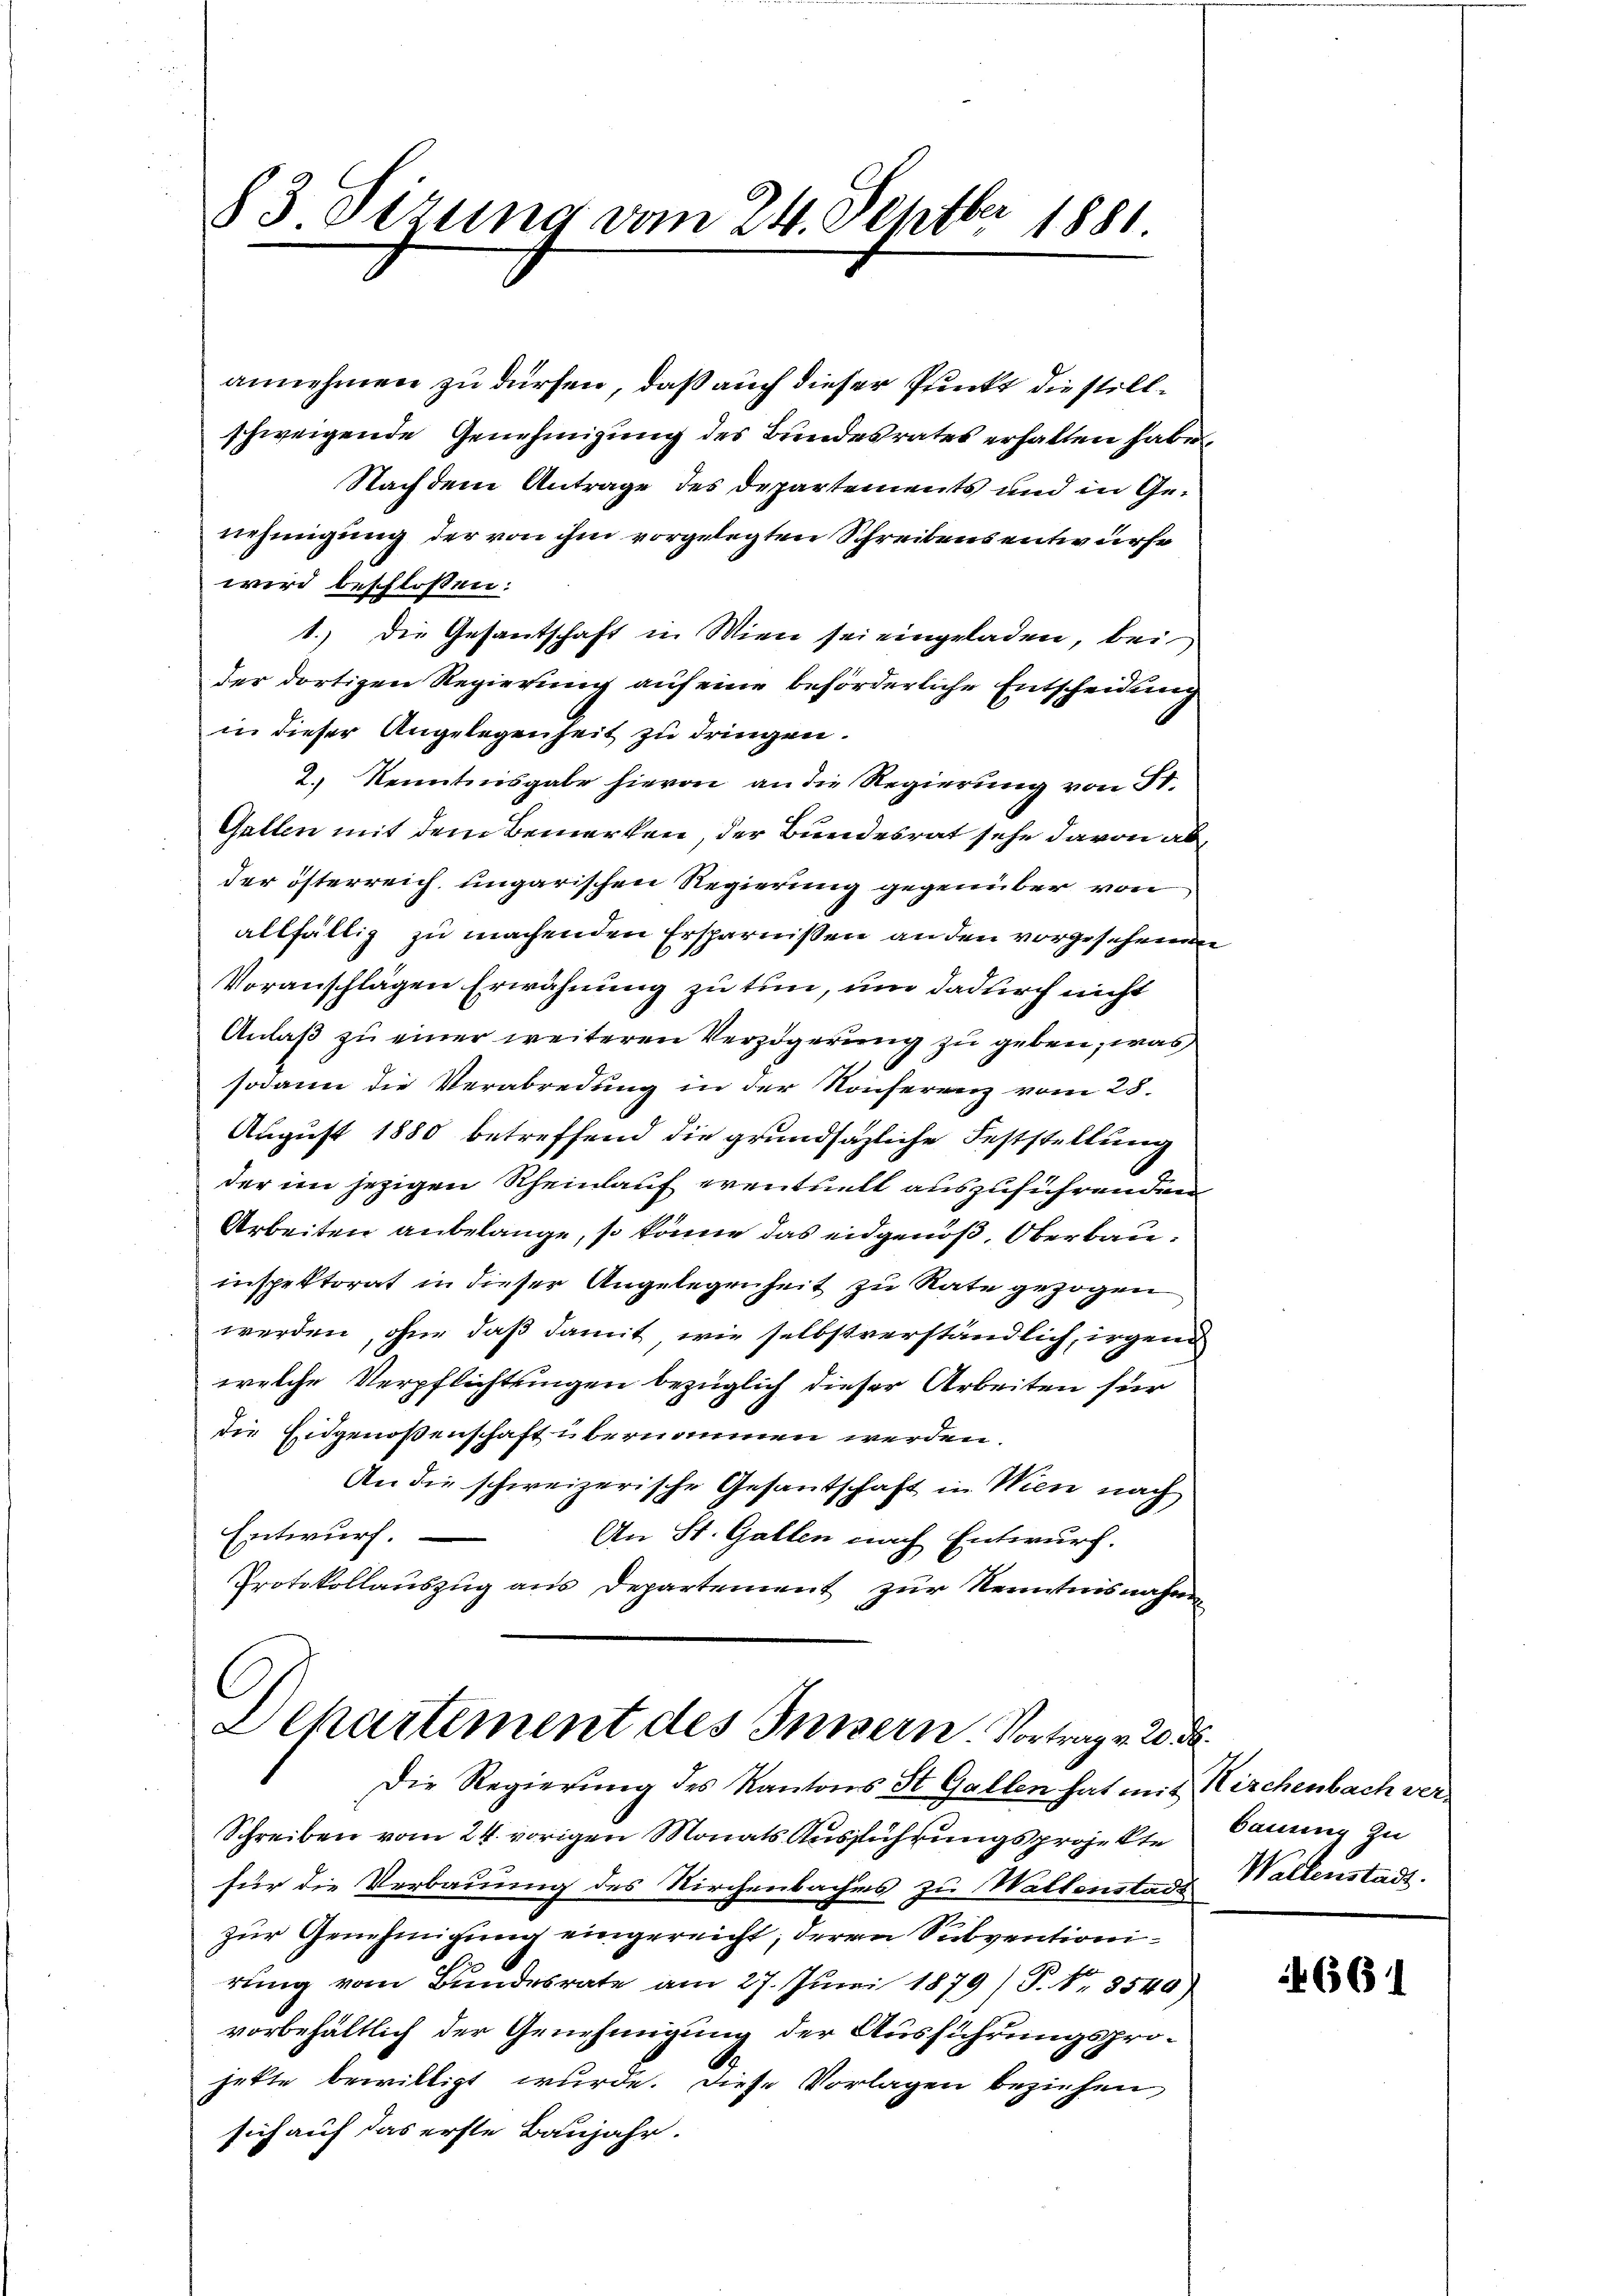
83 Sizung vom 24. Septbr 1881.

annehmen zu dürfen, daß auch dieser Punkt die stillschweigende Genehmigŭng des Bŭndesrates erhalten habe.
Nachdem Antrage des Departements und in Genehmigung der von ihm vorgelegten Schreibens entwurfe
wird beschlossen:
1.) Die Gesantschaft in Wien sei eingeladen, bei
der dortigen Regierung auf eine beförderliche Entscheidung
in dieser Angelegenheit zu dringen.
2.) Kenntnisgabe hievon an die Regierung von St.
Gallen mit dem Bemerken, der Bundesrat sehe davon abder österreich ungarischen Regierung gegenüber von
allfällig zu machenden Ersparnissen an den vorgesehenen
Voranschlägen Erwähnung zu tun, um dadurch nicht
Anlaß zu einer weiteren Verzögerung zu geben, was
sodann die Verabredung in der Konferenz vom 28.
August 1880 betreffend die grundsazliche Feststellung
der im jezigen Rheinlauf eventuell auszuführenden
Arbeiten anbelange, so könne das eidgenoß, Oberbauinspektorat in dieser Angelegenheit zu Rate gezogen
werden, ohne daß damit, wie selbstverständlich, irgend
welche Verpflichtungen bezüglich dieser Arbeiten für
die Eidgenoßenschaft übernommen werden.
An die schweizerische Gesantschaft in Wien nach
Entwurf.
An St. Gallen nach Entwurf.
Protokollauszug aus Departement zur Kenntnisnahmen

Departement des Inisern Vortrag v. 20. ds.

Die Regierung des Kantons St. Gallen hat mit Kirchenbach ver¬
Schreiben vom 24. vorigen Monats Ausführungsprojekte
für die Verbauung des Kirchenbaches zu Wallenstadt Wallenstadt.
zur Genehmigung eingereicht; deren Subventioni¬
E
rŭng vom Bundesrate am 27. Jŭni 1879) S. 18. 8540)
vorbehältlich der Genehmigung der Ausführungsprojette bewilligt wurde. Diese Vorlagen beziehen
sich auf das erste Baujahr.

bauung zu

661